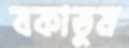
বকাতুম